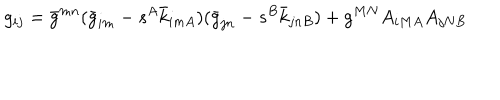
LaTeX: g _ { i j } = \bar { g } ^ { m n } ( \bar { g } _ { i m } - s ^ { A } \bar { k } _ { i m A } ) ( \bar { g } _ { j n } - s ^ { B } \bar { k } _ { j n B } ) + g ^ { M N } A _ { i M A } A _ { j N B }